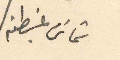
شماس غبطته